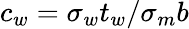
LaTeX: c_{w}=\sigma_{w}t_{w}/\sigma_{m}b